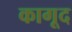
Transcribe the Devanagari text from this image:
कागूद